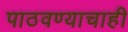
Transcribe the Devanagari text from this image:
पाठवण्याचाही